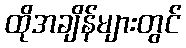
ထိုအချိန်များတွင်